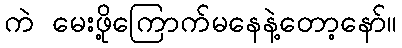
ကဲ မေးဖို့ကြောက်မနေနဲ့တော့နော်။